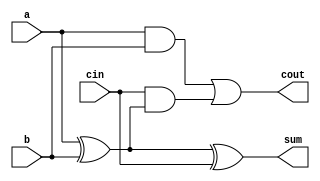
module FA( 
    input a, b, cin,
    output cout, sum );
    
    wire w;
    assign w = a^b;
    assign sum = w^cin;
    assign cout = (a&b) | cin&w;

endmodule

module top_module (
    input [3:0] x,
    input [3:0] y, 
    output [4:0] sum);
    
    wire w1,w2,w3;
    
    FA tmp1(x[0],y[0],1'b0,w1,sum[0]);
    FA tmp2(x[1],y[1],w1,w2,sum[1]);
    FA tmp3(x[2],y[2],w2,w3,sum[2]);
    FA tmp4(x[3],y[3],w3,sum[4],sum[3]);

endmodule